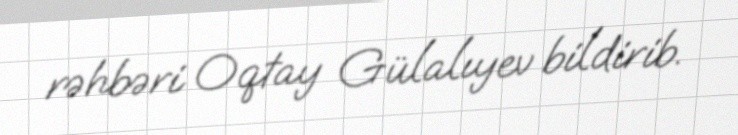
rəhbəri Oqtay Gülalıyev bildirib.